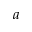
^ { a }